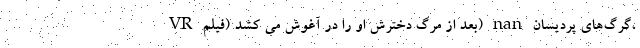
VR بعد از مرگ دخترش او را در آغوش می کشد (فیلم) nan گرگ‌های پردیسان،